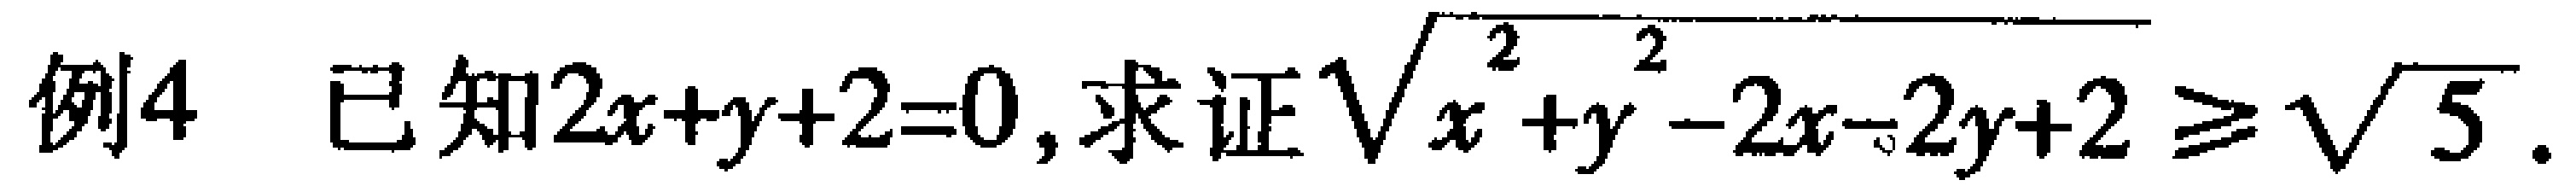
例4 已知\(2x + y + 2 = 0\), 求证\(\sqrt{x^{2}+y^{2}-2x - 2y + 2}\geqslant\sqrt{5}\).